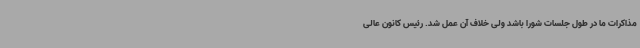
مذاکرات ما در طول جلسات شورا باشد ولی خلاف آن عمل شد. رئیس کانون عالی